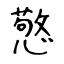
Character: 憼